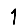
Digit: 1